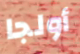
أولجا